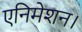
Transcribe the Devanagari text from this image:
एनिमेशन।